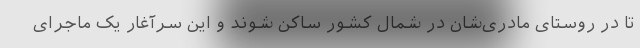
تا در روستای مادری‌شان در شمال کشور ساکن شوند و این سرآغار یک ماجرای